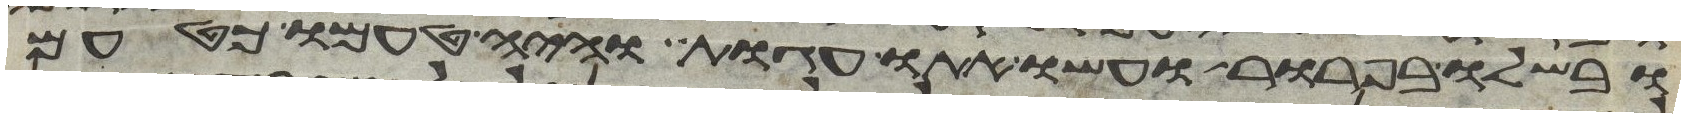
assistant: ובשלו בפרור ועשו אתו עגות והיה טעמו כטעם